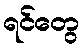
ရင်တွေ